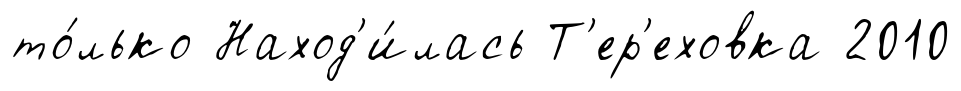
то́лько Наход'и́лась Т'ер'еховка 2010